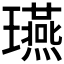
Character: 𤫇